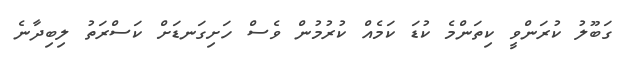
ގަބޫލު ކުރަންވީ ކިތަންމެ ކުޑަ ކަމެއް ކުރުމުން ވެސް ހަށިގަނޑަށް ކަސްރަތު ލިބިދާނެ